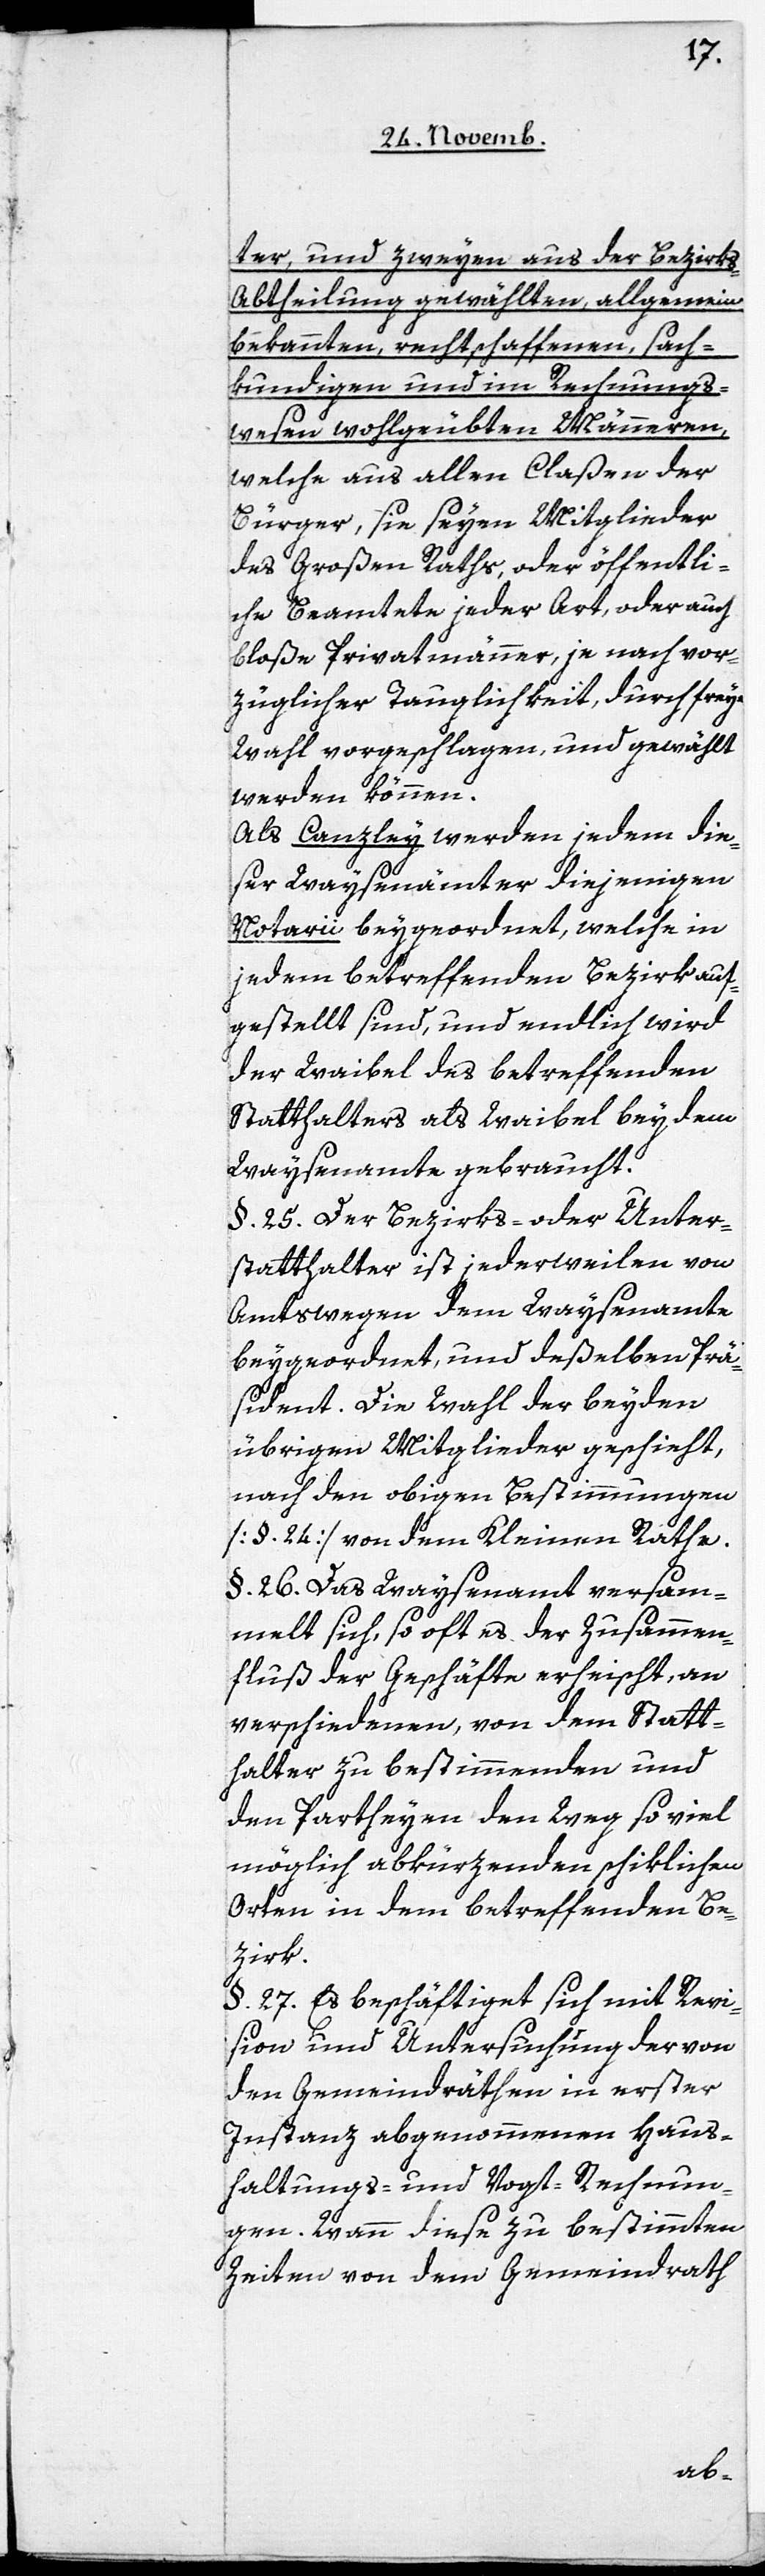
ter und, zweyen aus der Bezirks-A¬
btheilung gewählten, allgemein
bekannten, rechtschaffenen, sach¬
kundigen und im Rechnungs¬
wesen wohlgeübten Männeren,
welche aus allen Claßen der
Bürger, sie seyen Mitglieder
des Großen Raths, oder öffentli¬
che Beamtete jeder Art, oder auch
bloße Privatmänner, je nach vor¬
züglicher Tauglichkeit, durch freye
Wahl vorgeschlagen und gewählt
werden können.
Als Canzley werden jedem die¬
ser Waysenämter diejenigen
Notarii beygeordnet, welche in
jedem betreffenden Bezirk auf¬
gestellt sind, und endlich wird
der Waibel des betreffenden
Statthalters als Waibel bey dem
Waysenamte gebraucht.
§. 25. Der Bezirks- oder Unter¬
statthalter ist jederweilen von
Amtswegen dem Waysenamte
beygeordnet, und deßelben Präs¬
ident. Die Wahl der beyden
übrigen Mitglieder geschieht,
nach den obigen Bestimmungen
[§. 24.] von dem Kleinen Rathe.
§. 26. Das Waysenamt versam¬
melt sich, so oft es der Zusammen¬
fluß der Geschäfte erheischt, an
verschiedenen, von dem Statt¬
halter zu bestimmenden und
den Partheyen den Weg so viel
möglich abkürzenden schicklichen
Orten in dem betreffenden Be¬
zirk.
§. 27. Es beschäftiget sich mit Revi¬
sion und Untersuchung der von
den Gemeindräthen in erster
Instanz abgenommenen Haus¬
haltungs- und Vogt-Rechnun¬
gen. Wann diese zu bestimmten
Zeiten von dem Gemeindrath